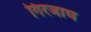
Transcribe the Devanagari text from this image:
गिरजाघ